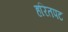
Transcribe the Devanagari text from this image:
हरितपट